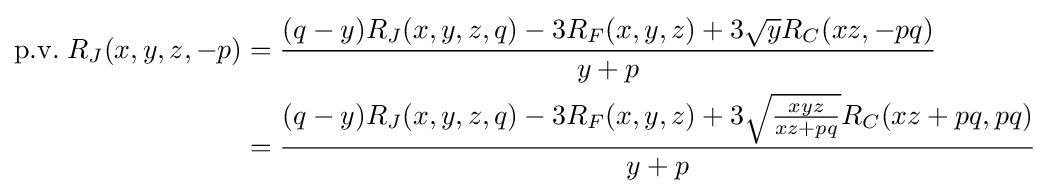
{\begin{aligned}\mathrm {p.v.} \;R_{J}(x,y,z,-p)&={\frac {(q-y)R_{J}(x,y,z,q)-3R_{F}(x,y,z)+3{\sqrt {y}}R_{C}(xz,-pq)}{y+p}}\\&={\frac {(q-y)R_{J}(x,y,z,q)-3R_{F}(x,y,z)+3{\sqrt {\frac {xyz}{xz+pq}}}R_{C}(xz+pq,pq)}{y+p}}\end{aligned}}